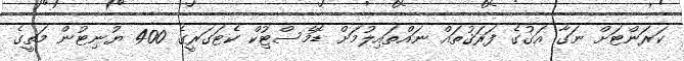
ކަރަންޓަށް ނަގާ އަގުގެ ފަރަޤުތައް ނައްތައިލުމަށް ޑޮމެސްޓިުކް ކެޓަގަރީގެ 400 ޔުނިޓުން މަތީގެ